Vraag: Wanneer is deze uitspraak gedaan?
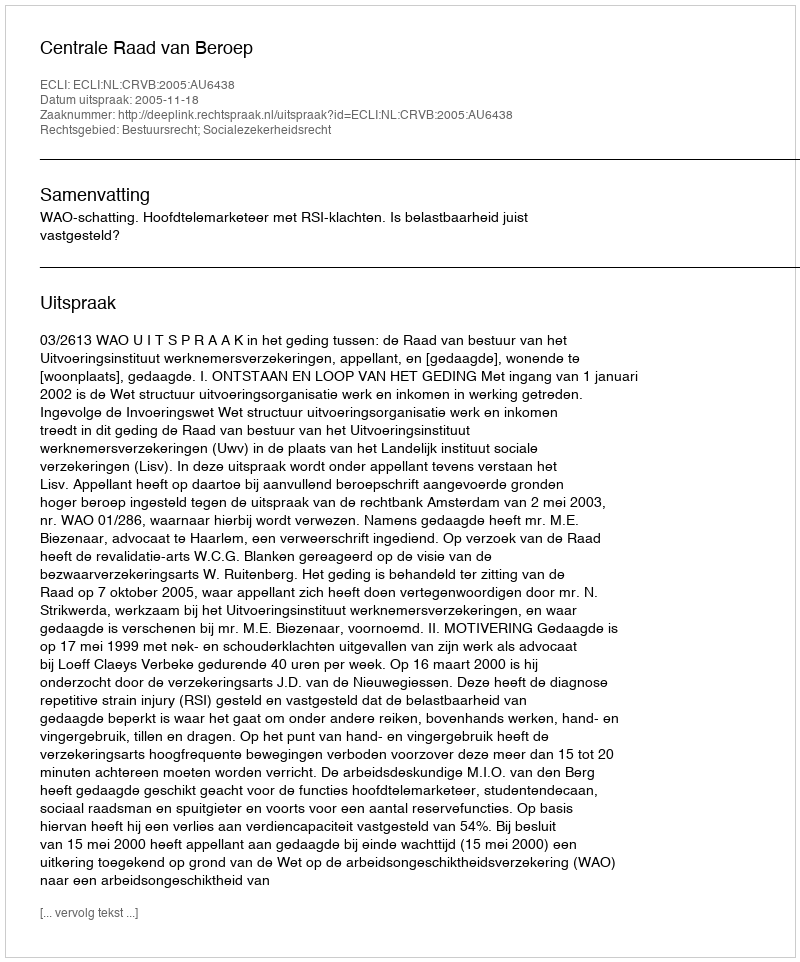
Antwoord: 2005-11-18